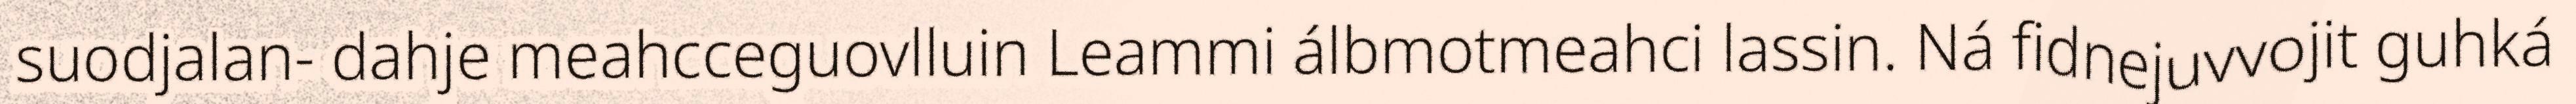
suodjalan- dahje meahcceguovlluin Leammi álbmotmeahci lassin. Ná fidnejuvvojit guhká